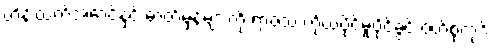
ဟိန်းထက်အောင်နှင့် ဓာတ်မှန်များကို ရာဇသံ ကိုယ်ပိုင်မူပိုင်ခွင့် ဝတ်စုံကုဒ်